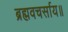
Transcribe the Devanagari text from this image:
ब्रह्मवचर्साय॥